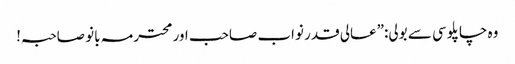
وہ چاپلوسی سے بولی:”عالی قدر نواب صاحب اور محترمہ بانو صاحبہ!